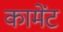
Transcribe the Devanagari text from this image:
कामेंट